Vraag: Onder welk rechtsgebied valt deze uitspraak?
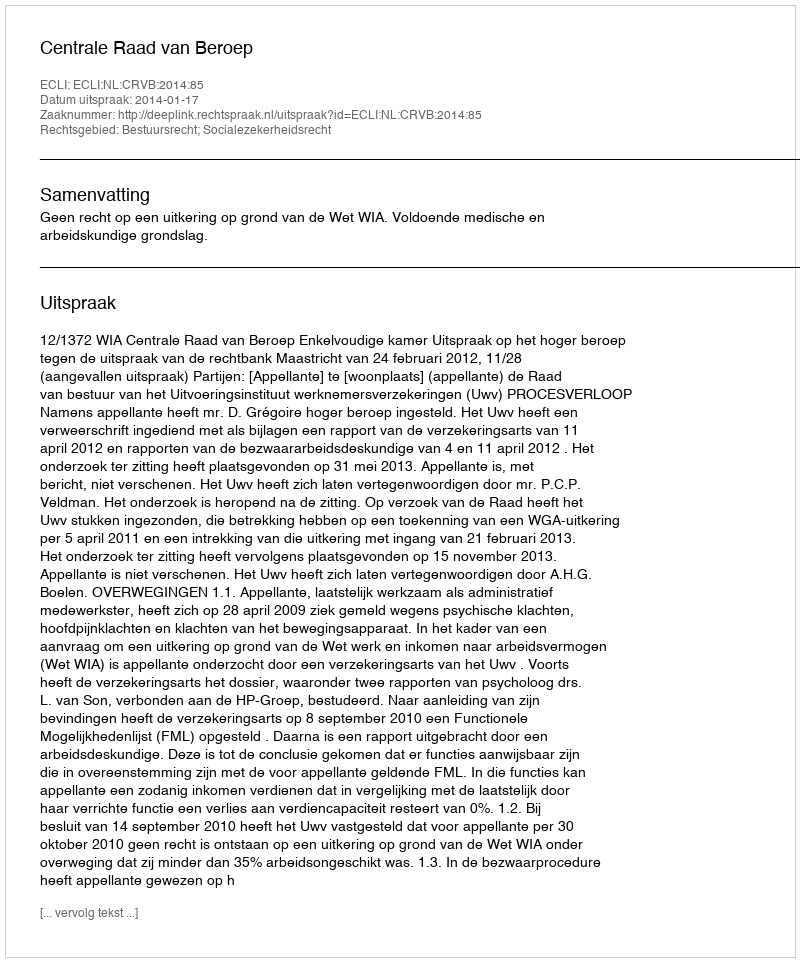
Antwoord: Bestuursrecht; Socialezekerheidsrecht